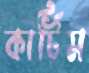
কার্টিম